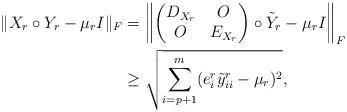
LaTeX: \begin{align*}\|X_r\circ Y_r-\mu_{r}I\|_F&=\left\|\begin{pmatrix}D_{X_{r}}&O\\O&E_{X_{r}}\end{pmatrix}\circ\tilde{Y}_r-\mu_r I\right\|_F \\&\ge \sqrt{\sum_{i=p+1}^{m}(e^r_{i}\tilde{y}_{ii}^r-\mu_r)^2}, \end{align*}